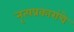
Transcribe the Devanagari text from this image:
नृत्यप्रकारांचे